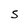
Character: S